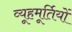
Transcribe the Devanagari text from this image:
व्यूहमूर्तियों